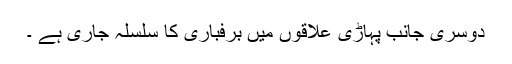
دوسری جانب پہاڑی علاقوں میں برفباری کا سلسلہ جاری ہے ۔